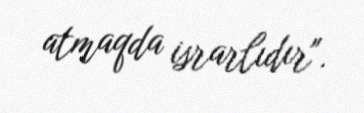
atmaqda israrlıdır".